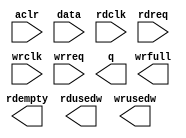
// megafunction wizard: %FIFO%VBB%
// GENERATION: STANDARD
// VERSION: WM1.0
// MODULE: dcfifo_mixed_widths 

// ============================================================
// Megafunction Name(s):
// 			dcfifo_mixed_widths
//
// Simulation Library Files(s):
// 			
// ============================================================
// ************************************************************
// THIS IS A WIZARD-GENERATED FILE. DO NOT EDIT THIS FILE!
//
// 20.1.1 Build 720 11/11/2020 SJ Lite Edition
// ************************************************************

//Copyright (C) 2020  Intel Corporation. All rights reserved.
//Your use of Intel Corporation's design tools, logic functions 
//and other software and tools, and any partner logic 
//functions, and any output files from any of the foregoing 
//(including device programming or simulation files), and any 
//associated documentation or information are expressly subject 
//to the terms and conditions of the Intel Program License 
//Subscription Agreement, the Intel Quartus Prime License Agreement,
//the Intel FPGA IP License Agreement, or other applicable license
//agreement, including, without limitation, that your use is for
//the sole purpose of programming logic devices manufactured by
//Intel and sold by Intel or its authorized distributors.  Please
//refer to the applicable agreement for further details, at
//https://fpgasoftware.intel.com/eula.

module afifo_8i_16o_1024 (
	aclr,
	data,
	rdclk,
	rdreq,
	wrclk,
	wrreq,
	q,
	rdempty,
	rdusedw,
	wrfull,
	wrusedw);

	input	  aclr;
	input	[7:0]  data;
	input	  rdclk;
	input	  rdreq;
	input	  wrclk;
	input	  wrreq;
	output	[15:0]  q;
	output	  rdempty;
	output	[8:0]  rdusedw;
	output	  wrfull;
	output	[9:0]  wrusedw;
`ifndef ALTERA_RESERVED_QIS
// synopsys translate_off
`endif
	tri0	  aclr;
`ifndef ALTERA_RESERVED_QIS
// synopsys translate_on
`endif

endmodule

// ============================================================
// CNX file retrieval info
// ============================================================
// Retrieval info: PRIVATE: AlmostEmpty NUMERIC "0"
// Retrieval info: PRIVATE: AlmostEmptyThr NUMERIC "-1"
// Retrieval info: PRIVATE: AlmostFull NUMERIC "0"
// Retrieval info: PRIVATE: AlmostFullThr NUMERIC "-1"
// Retrieval info: PRIVATE: CLOCKS_ARE_SYNCHRONIZED NUMERIC "0"
// Retrieval info: PRIVATE: Clock NUMERIC "4"
// Retrieval info: PRIVATE: Depth NUMERIC "1024"
// Retrieval info: PRIVATE: Empty NUMERIC "1"
// Retrieval info: PRIVATE: Full NUMERIC "1"
// Retrieval info: PRIVATE: INTENDED_DEVICE_FAMILY STRING "Cyclone IV E"
// Retrieval info: PRIVATE: LE_BasedFIFO NUMERIC "0"
// Retrieval info: PRIVATE: LegacyRREQ NUMERIC "1"
// Retrieval info: PRIVATE: MAX_DEPTH_BY_9 NUMERIC "0"
// Retrieval info: PRIVATE: OVERFLOW_CHECKING NUMERIC "0"
// Retrieval info: PRIVATE: Optimize NUMERIC "0"
// Retrieval info: PRIVATE: RAM_BLOCK_TYPE NUMERIC "0"
// Retrieval info: PRIVATE: SYNTH_WRAPPER_GEN_POSTFIX STRING "0"
// Retrieval info: PRIVATE: UNDERFLOW_CHECKING NUMERIC "0"
// Retrieval info: PRIVATE: UsedW NUMERIC "1"
// Retrieval info: PRIVATE: Width NUMERIC "8"
// Retrieval info: PRIVATE: dc_aclr NUMERIC "1"
// Retrieval info: PRIVATE: diff_widths NUMERIC "1"
// Retrieval info: PRIVATE: msb_usedw NUMERIC "0"
// Retrieval info: PRIVATE: output_width NUMERIC "16"
// Retrieval info: PRIVATE: rsEmpty NUMERIC "1"
// Retrieval info: PRIVATE: rsFull NUMERIC "0"
// Retrieval info: PRIVATE: rsUsedW NUMERIC "1"
// Retrieval info: PRIVATE: sc_aclr NUMERIC "0"
// Retrieval info: PRIVATE: sc_sclr NUMERIC "0"
// Retrieval info: PRIVATE: wsEmpty NUMERIC "0"
// Retrieval info: PRIVATE: wsFull NUMERIC "1"
// Retrieval info: PRIVATE: wsUsedW NUMERIC "1"
// Retrieval info: LIBRARY: altera_mf altera_mf.altera_mf_components.all
// Retrieval info: CONSTANT: INTENDED_DEVICE_FAMILY STRING "Cyclone IV E"
// Retrieval info: CONSTANT: LPM_NUMWORDS NUMERIC "1024"
// Retrieval info: CONSTANT: LPM_SHOWAHEAD STRING "OFF"
// Retrieval info: CONSTANT: LPM_TYPE STRING "dcfifo_mixed_widths"
// Retrieval info: CONSTANT: LPM_WIDTH NUMERIC "8"
// Retrieval info: CONSTANT: LPM_WIDTHU NUMERIC "10"
// Retrieval info: CONSTANT: LPM_WIDTHU_R NUMERIC "9"
// Retrieval info: CONSTANT: LPM_WIDTH_R NUMERIC "16"
// Retrieval info: CONSTANT: OVERFLOW_CHECKING STRING "ON"
// Retrieval info: CONSTANT: RDSYNC_DELAYPIPE NUMERIC "4"
// Retrieval info: CONSTANT: READ_ACLR_SYNCH STRING "OFF"
// Retrieval info: CONSTANT: UNDERFLOW_CHECKING STRING "ON"
// Retrieval info: CONSTANT: USE_EAB STRING "ON"
// Retrieval info: CONSTANT: WRITE_ACLR_SYNCH STRING "OFF"
// Retrieval info: CONSTANT: WRSYNC_DELAYPIPE NUMERIC "4"
// Retrieval info: USED_PORT: aclr 0 0 0 0 INPUT GND "aclr"
// Retrieval info: USED_PORT: data 0 0 8 0 INPUT NODEFVAL "data[7..0]"
// Retrieval info: USED_PORT: q 0 0 16 0 OUTPUT NODEFVAL "q[15..0]"
// Retrieval info: USED_PORT: rdclk 0 0 0 0 INPUT NODEFVAL "rdclk"
// Retrieval info: USED_PORT: rdempty 0 0 0 0 OUTPUT NODEFVAL "rdempty"
// Retrieval info: USED_PORT: rdreq 0 0 0 0 INPUT NODEFVAL "rdreq"
// Retrieval info: USED_PORT: rdusedw 0 0 9 0 OUTPUT NODEFVAL "rdusedw[8..0]"
// Retrieval info: USED_PORT: wrclk 0 0 0 0 INPUT NODEFVAL "wrclk"
// Retrieval info: USED_PORT: wrfull 0 0 0 0 OUTPUT NODEFVAL "wrfull"
// Retrieval info: USED_PORT: wrreq 0 0 0 0 INPUT NODEFVAL "wrreq"
// Retrieval info: USED_PORT: wrusedw 0 0 10 0 OUTPUT NODEFVAL "wrusedw[9..0]"
// Retrieval info: CONNECT: @aclr 0 0 0 0 aclr 0 0 0 0
// Retrieval info: CONNECT: @data 0 0 8 0 data 0 0 8 0
// Retrieval info: CONNECT: @rdclk 0 0 0 0 rdclk 0 0 0 0
// Retrieval info: CONNECT: @rdreq 0 0 0 0 rdreq 0 0 0 0
// Retrieval info: CONNECT: @wrclk 0 0 0 0 wrclk 0 0 0 0
// Retrieval info: CONNECT: @wrreq 0 0 0 0 wrreq 0 0 0 0
// Retrieval info: CONNECT: q 0 0 16 0 @q 0 0 16 0
// Retrieval info: CONNECT: rdempty 0 0 0 0 @rdempty 0 0 0 0
// Retrieval info: CONNECT: rdusedw 0 0 9 0 @rdusedw 0 0 9 0
// Retrieval info: CONNECT: wrfull 0 0 0 0 @wrfull 0 0 0 0
// Retrieval info: CONNECT: wrusedw 0 0 10 0 @wrusedw 0 0 10 0
// Retrieval info: GEN_FILE: TYPE_NORMAL afifo_8i_16o_1024.v TRUE
// Retrieval info: GEN_FILE: TYPE_NORMAL afifo_8i_16o_1024.inc FALSE
// Retrieval info: GEN_FILE: TYPE_NORMAL afifo_8i_16o_1024.cmp FALSE
// Retrieval info: GEN_FILE: TYPE_NORMAL afifo_8i_16o_1024.bsf FALSE
// Retrieval info: GEN_FILE: TYPE_NORMAL afifo_8i_16o_1024_inst.v FALSE
// Retrieval info: GEN_FILE: TYPE_NORMAL afifo_8i_16o_1024_bb.v TRUE